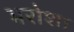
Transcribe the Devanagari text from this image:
भरोशा